Indian journal of veterinary science and animal husbandry - Volume 8,
Year: 1938
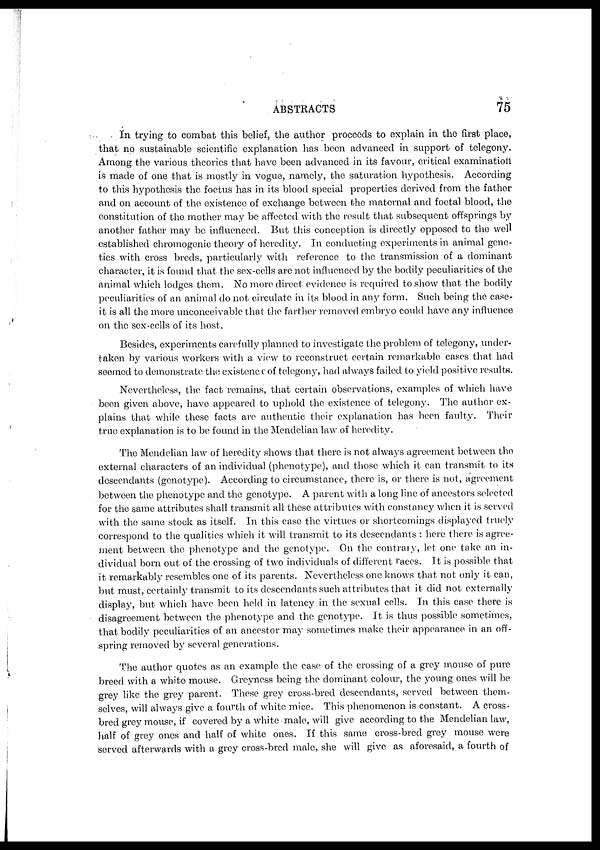
ABSTRACTS
75
In trying to combat this belief, the author proceeds to explain in the first place,
that no sustainable scientific explanation has been advanced in support of telegony.
Among the various theories that have been advanced in its favour, critical examination
is made of one that is mostly in vogue, namely, the saturation hypothesis. According
to this hypothesis the foetus has in its blood special properties derived from the father
and on account of the existence of exchange between the maternal and foetal blood, the
constitution of the mother may be affected with the result that subsequent offsprings by
another father may be influenced. But this conception is directly opposed to the well
established chromogenic theory of heredity. In conducting experiments in animal gene-
tics with cross breds, particularly with reference to the transmission of a dominant
character, it is found that the sex-cells are not influenced by the bodily peculiarities of the
animal which lodges them. No more direct evidence is required to show that the bodily
peculiarities of an animal do not circulate in its blood in any form. Such being the case-
it is all the more unconceivable that the farther removed embryo could have any influence
on the sex-cells of its host.
Besides, experiments carefully planned to investigate the problem of telegony, under-
taken by various workers with a view to reconstruct certain remarkable cases that had
seemed to demonstrate the existence of telegony, had always failed to yield positive results.
Nevertheless, the fact remains, that certain observations, examples of which have
been given above, have appeared to uphold the existence of telegony. The author ex-
plains that while these facts are authentic their explanation has been faulty. Their
true explanation is to be found in the Mendelian law of heredity.
The Mendelian law of heredity shows that there is not always agreement between the
external characters of an individual (phenotype), and those which it can transmit to its
descendants (genotype). According to circumstance, there is, or there is not, agreement
between the phenotype and the genotype. A parent with a long line of ancestors selected
for the same attributes shall transmit all these attributes with constancy when it is served
with the same stock as itself. In this case the virtues or shortcomings displayed truely
correspond to the qualities which it will transmit to its descendants : here there is agree-
ment between the phenotype and the genotype. On the contrary, let one take an in-
dividual born out of the crossing of two individuals of different races. It is possible that
it remarkably resembles one of its parents. Nevertheless one knows that not only it can,
but must, certainly transmit to its descendants such attributes that it did not externally
display, but which have been held in latency in the sexual cells. In this case there is
disagreement between the phenotype and the genotype. It is thus possible sometimes,
that bodily peculiarities of an ancestor may sometimes make their appearance in an off-
spring removed by several generations.
The author quotes as an example the case of the crossing of a grey mouse of pure
breed with a white mouse. Greyness being the dominant colour, the young ones will be
grey like the grey parent. These grey cross-bred descendants, served between them-
selves, will always give a fourth of white mice. This phenomenon is constant. A cross-
bred grey mouse, if covered by a white male, will give according to the Mendelian law,
half of grey ones and half of white ones. If this same cross-bred grey mouse were
served afterwards with a grey cross-bred male, she will give as aforesaid, a fourth of